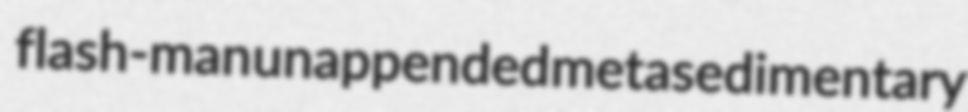
flash-man unappended metasedimentary